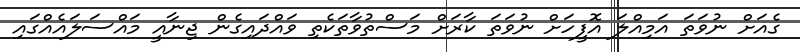
ގެއަށް ނުވަތަ އަމިއްލަ އޮފީހަށް ނުވަތަ ކާރަށް މަސްތުވާތަކެތި ވައްދައިގެން ޖިނާއީ މައްސަލައެއްގައި